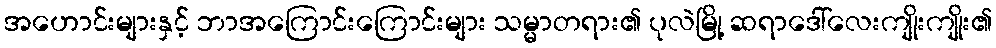
အဟောင်းများနှင့် ဘာအကြောင်းကြောင်းများ သမ္မာတရား၏ ပုလဲမြို့ ဆရာဒေါ်လေးကျိုးကျိုး၏